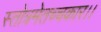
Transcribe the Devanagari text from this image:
स्तोत्रमेतच्चकार।।